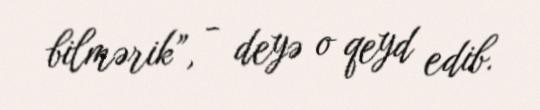
bilmərik”, - deyə o qeyd edib.